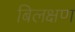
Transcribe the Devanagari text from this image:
बिलक्षण